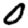
Digit: 0